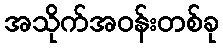
အသိုက်အဝန်းတစ်ခု